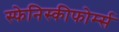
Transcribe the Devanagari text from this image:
स्फेनिस्कीफोर्म्स